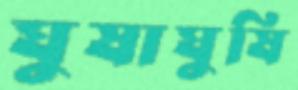
ঘুষাঘুষি